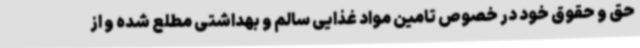
حق و حقوق خود در خصوص تامین مواد غذایی سالم و بهداشتی مطلع شده و از